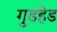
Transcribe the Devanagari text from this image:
गुडहेड